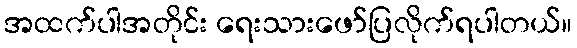
အထက်ပါအတိုင်း ရေးသားဖော်ပြလိုက်ရပါတယ်။